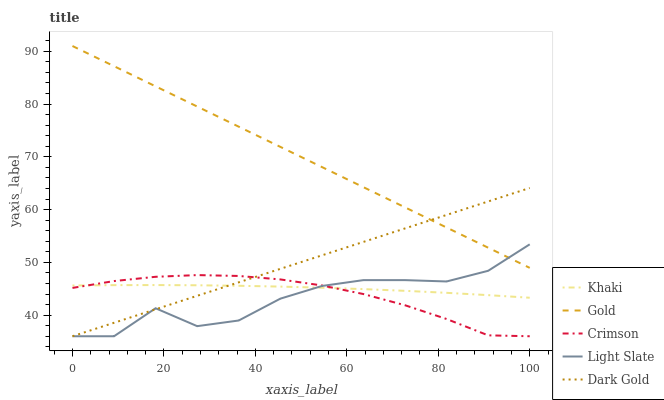
| xaxis_label | Khaki | Gold | Crimson | Light Slate | Dark Gold |
 | --- | --- | --- | --- | --- | --- |
 | 0 | 45.6 | 91 | 45.2 | 36 | 36 |
 | 9.09 | 45.7 | 87.2 | 46.5 | 36 | 38.6 |
 | 18.2 | 45.7 | 83.4 | 47.3 | 41.3 | 41.1 |
 | 27.3 | 45.7 | 79.5 | 47.6 | 37.9 | 43.7 |
 | 36.4 | 45.6 | 75.7 | 47.4 | 39 | 46.2 |
 | 45.5 | 45.4 | 71.9 | 46.8 | 43.1 | 48.8 |
 | 54.5 | 45.2 | 68.1 | 45.6 | 45.5 | 51.3 |
 | 63.6 | 44.9 | 64.2 | 44 | 46.6 | 53.9 |
 | 72.7 | 44.6 | 60.4 | 41.9 | 46.6 | 56.4 |
 | 81.8 | 44.2 | 56.6 | 39.3 | 46.4 | 59 |
 | 90.9 | 43.8 | 52.8 | 36.2 | 48.4 | 61.5 |
 | 100 | 43.3 | 49 | 36 | 53.4 | 64.1 |